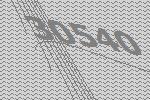
30540